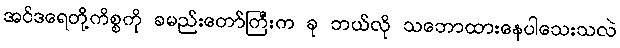
အင်ဒရေတို့ကိစ္စကို ခမည်းတော်ကြီးက ခု ဘယ်လို သဘောထားနေပါသေးသလဲ